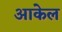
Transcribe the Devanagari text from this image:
आकेल